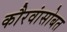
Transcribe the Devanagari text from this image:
कौरवांसोबत